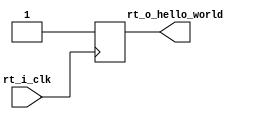
module rt_hello_world (
  input rt_i_clk,
  output reg rt_o_hello_world = 1'b0
);

always@(posedge rt_i_clk) begin
  rt_o_hello_world <= 1'b1;
end




endmodule